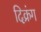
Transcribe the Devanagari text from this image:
दिक्रंग